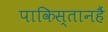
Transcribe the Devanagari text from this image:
पाकिस्तानहैं